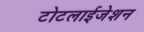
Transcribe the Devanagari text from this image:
टोटलाईजेशन